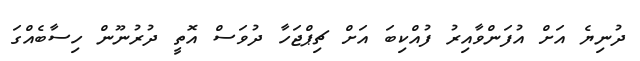
ދުނިޔެ އަށް އުފަންވާއިރު ފުއްކިބަ އަށް ޗިޕްޖަހާ ދުވަސް އޮތީ ދުރުނޫން ހިސާބެއްގަ